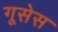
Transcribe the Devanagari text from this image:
गूसेस